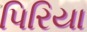
પિરિયા